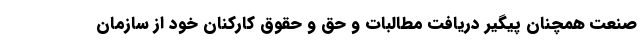
صنعت همچنان پیگیر دریافت مطالبات و حق و حقوق کارکنان خود از سازمان